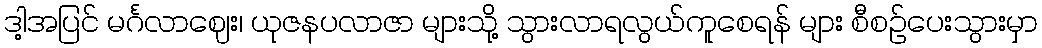
ဒါ့အပြင် မင်္ဂလာဈေး၊ ယုဇနပလာဇာ များသို့ သွားလာရလွယ်ကူစေရန် များ စီစဉ်ပေးသွားမှာ